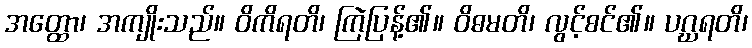
အတ္ထော၊ အကျိုးသည်။ ဝိကိရတိ၊ ကြဲပြန့်၏။ ဝိဓမတိ၊ လွင့်စင်၏။ ပဂ္ဃရတိ၊